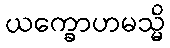
ယက္ခောဟမသ္မိ